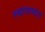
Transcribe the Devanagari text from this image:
स्थापण्यांत